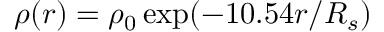
\rho ( r ) = \rho _ { 0 } \exp ( - 1 0 . 5 4 r / R _ { s } )